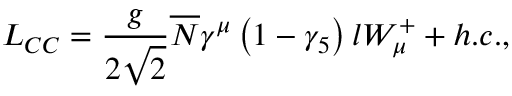
L _ { C C } = \frac g { 2 \sqrt { 2 } } \overline { { { N } } } \gamma ^ { \mu } \left( 1 - \gamma _ { 5 } \right) l W _ { \mu } ^ { + } + h . c . ,